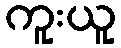
ကူးယူ